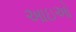
આઇઓ